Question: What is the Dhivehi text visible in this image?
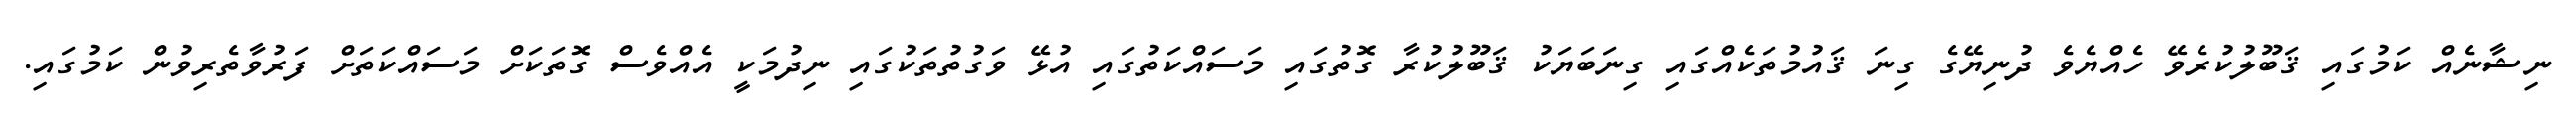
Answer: ނިޝާނެއް ކަމުގައި ޤަބޫލުކުރެވޭ ހެއްޔެވެ ދުނިޔޭގެ ގިނަ ޤައުމުތަކެއްގައި ގިނަބަޔަކު ޤަބޫލުކުރާ ގޮތުގައި މަސައްކަތުގައި އުޅޭ ވަގުތުތަކުގައި ނިދުމަކީ އެއްވެސް ގޮތަކަށް މަސައްކަތަށް ފަރުވާތެރިވުން ކަމުގައި.